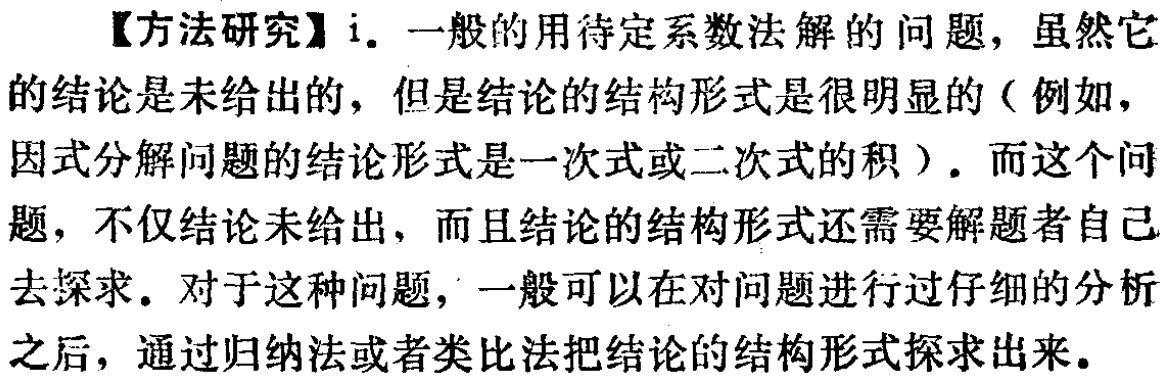
【方法研究】i. 一般的用待定系数法解的问题，虽然它的结论是未给出的，但是结论的结构形式是很明显的（例如，因式分解问题的结论形式是一次式或二次式的积）. 而这个问题，不仅结论未给出，而且结论的结构形式还需要解题者自己去探求. 对于这种问题，一般可以在对问题进行过仔细的分析之后，通过归纳法或者类比法把结论的结构形式探求出来.